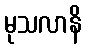
မုသလာနိ